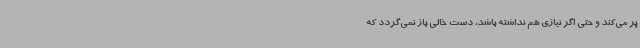
پر می‌کند و حتی اگر نیازی هم نداشته باشد، دست خالی باز نمی‌گردد که